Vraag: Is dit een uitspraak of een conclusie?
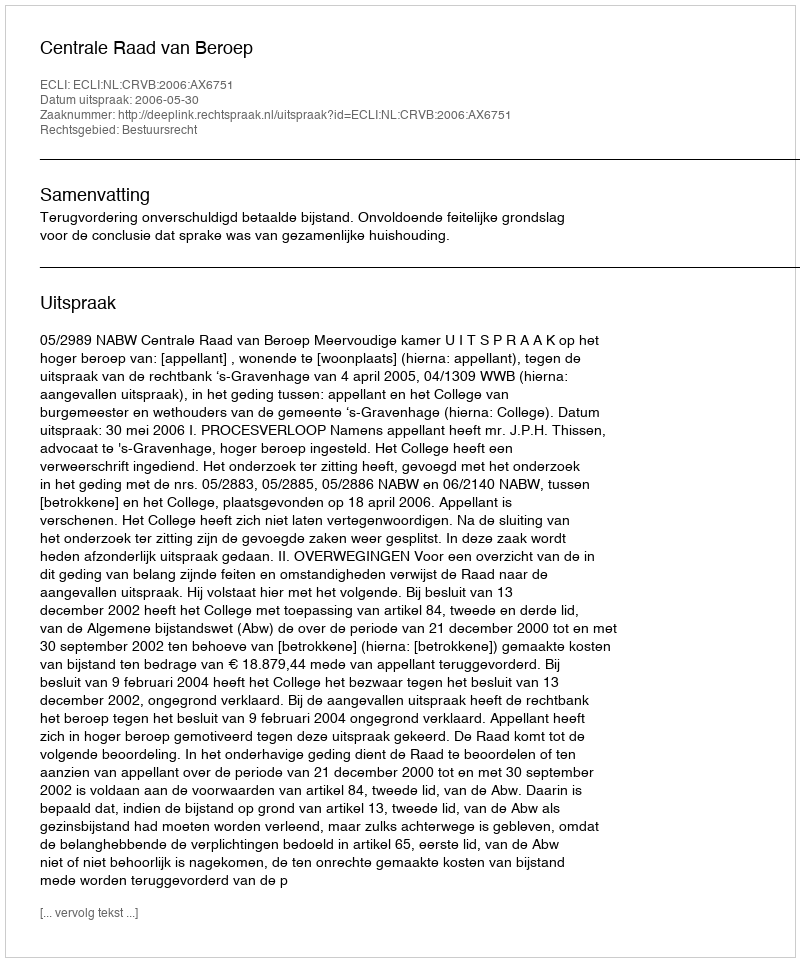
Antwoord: Uitspraak